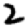
Digit: 2